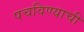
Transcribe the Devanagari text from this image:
पचविण्याची